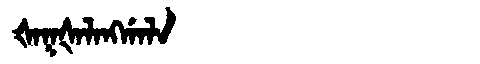
Manchu: ᡧᠠᡴᡧᠠᠯᠠᠩᡤᠠᠯᠠ
Romanization: ŠAKŠALANGGALA